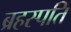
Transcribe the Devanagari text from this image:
ब्रहस्पति